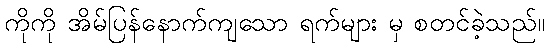
ကိုကို အိမ်ပြန်နောက်ကျသော ရက်များ မှ စတင်ခဲ့သည်။